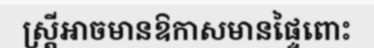
ស្ត្រីអាចមានឱកាសមានផ្ទៃពោះ